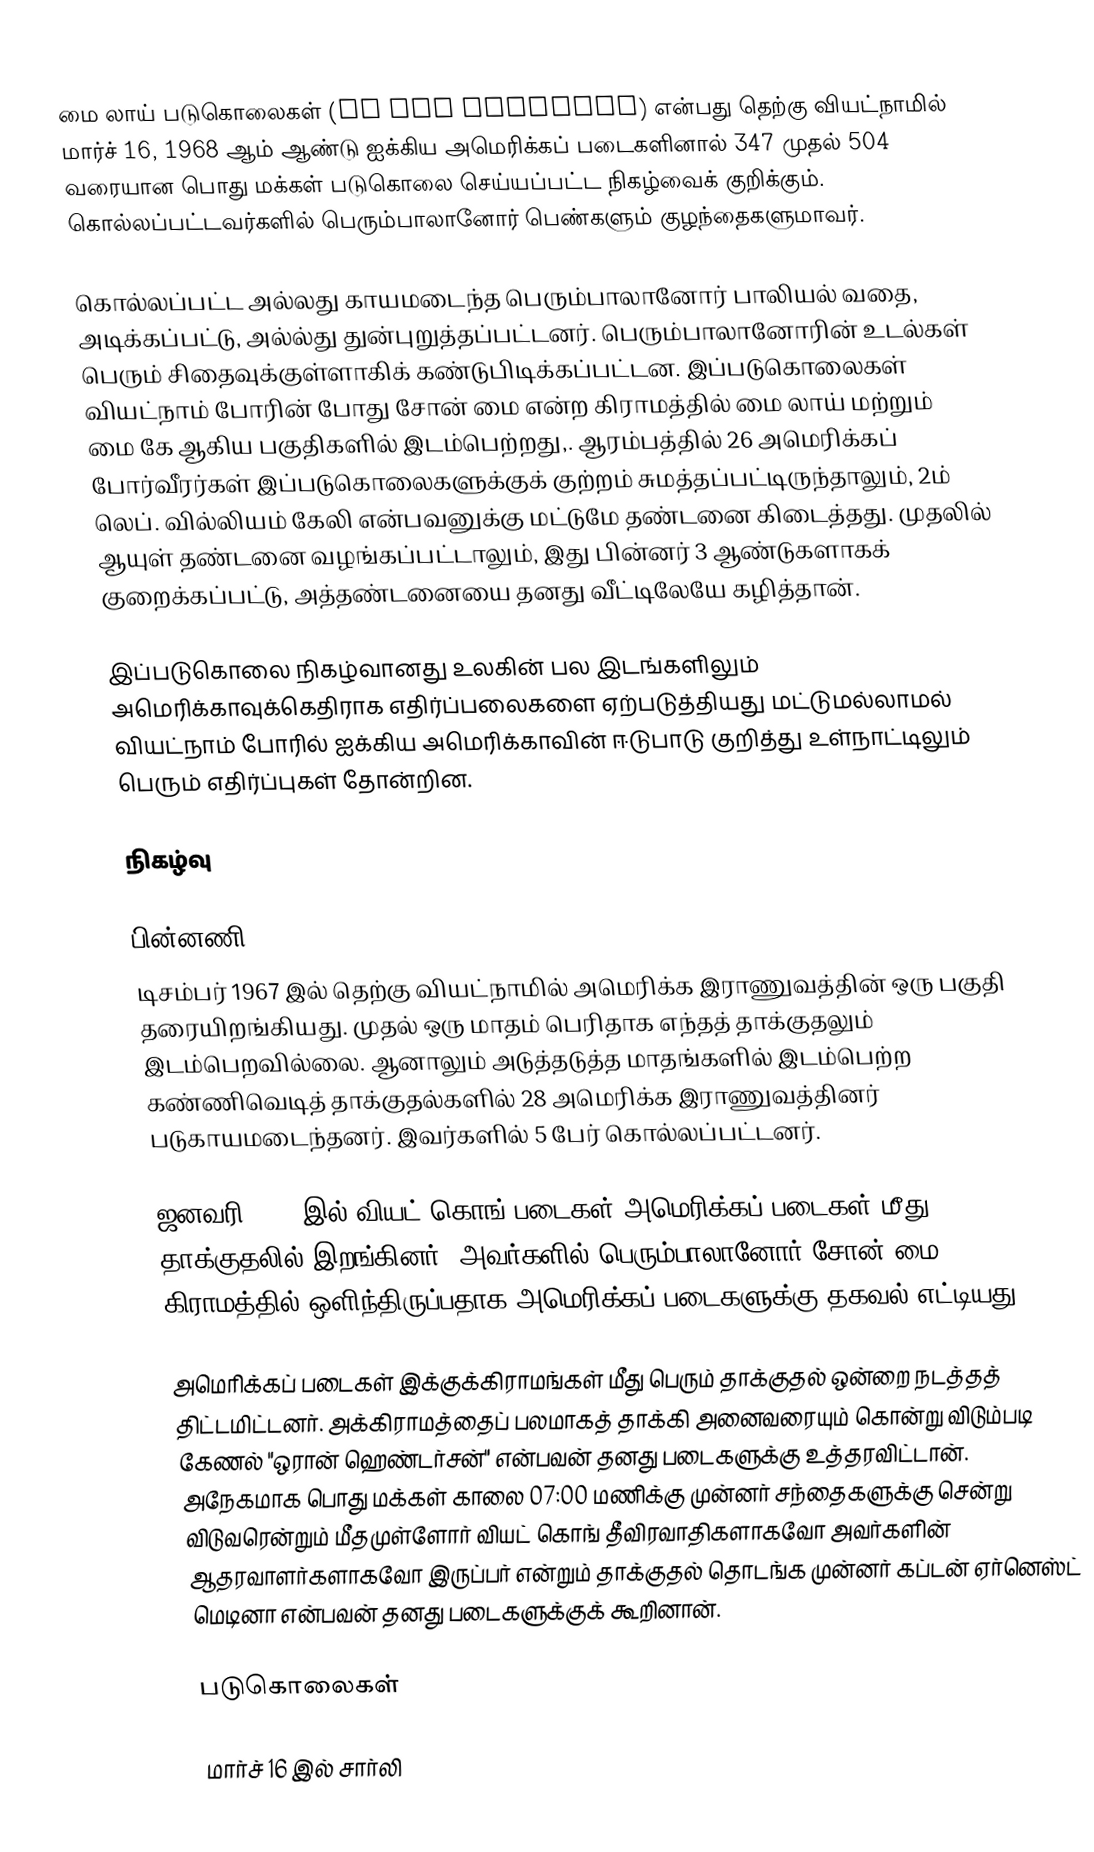
மை லாய் படுகொலைகள் (My Lai Massacre) என்பது தெற்கு வியட்நாமில் மார்ச் 16, 1968 ஆம் ஆண்டு ஐக்கிய அமெரிக்கப் படைகளினால் 347 முதல் 504 வரையான பொது மக்கள் படுகொலை செய்யப்பட்ட நிகழ்வைக் குறிக்கும். கொல்லப்பட்டவர்களில் பெரும்பாலானோர் பெண்களும் குழந்தைகளுமாவர்.

கொல்லப்பட்ட அல்லது காயமடைந்த பெரும்பாலானோர் பாலியல் வதை, அடிக்கப்பட்டு, அல்ல்து துன்புறுத்தப்பட்டனர். பெரும்பாலானோரின் உடல்கள் பெரும் சிதைவுக்குள்ளாகிக் கண்டுபிடிக்கப்பட்டன. இப்படுகொலைகள் வியட்நாம் போரின் போது சோன் மை என்ற கிராமத்தில் மை லாய் மற்றும் மை கே ஆகிய பகுதிகளில் இடம்பெற்றது,. ஆரம்பத்தில் 26 அமெரிக்கப் போர்வீரர்கள் இப்படுகொலைகளுக்குக் குற்றம் சுமத்தப்பட்டிருந்தாலும், 2ம் லெப். வில்லியம் கேலி என்பவனுக்கு மட்டுமே தண்டனை கிடைத்தது. முதலில் ஆயுள் தண்டனை வழங்கப்பட்டாலும், இது பின்னர் 3 ஆண்டுகளாகக் குறைக்கப்பட்டு, அத்தண்டனையை தனது வீட்டிலேயே கழித்தான்.

இப்படுகொலை நிகழ்வானது உலகின் பல இடங்களிலும் அமெரிக்காவுக்கெதிராக எதிர்ப்பலைகளை ஏற்படுத்தியது மட்டுமல்லாமல் வியட்நாம் போரில் ஐக்கிய அமெரிக்காவின் ஈடுபாடு குறித்து உள்நாட்டிலும் பெரும் எதிர்ப்புகள் தோன்றின.

நிகழ்வு

பின்னணி
டிசம்பர் 1967 இல் தெற்கு வியட்நாமில் அமெரிக்க இராணுவத்தின் ஒரு பகுதி தரையிறங்கியது. முதல் ஒரு மாதம் பெரிதாக எந்தத் தாக்குதலும் இடம்பெறவில்லை. ஆனாலும் அடுத்தடுத்த மாதங்களில் இடம்பெற்ற கண்ணிவெடித் தாக்குதல்களில் 28 அமெரிக்க இராணுவத்தினர் படுகாயமடைந்தனர். இவர்களில் 5 பேர் கொல்லப்பட்டனர்.

ஜனவரி 1968 இல் வியட் கொங் படைகள் அமெரிக்கப் படைகள் மீது தாக்குதலில் இறங்கினர். அவர்களில் பெரும்பாலானோர் சோன் மை கிராமத்தில் ஒளிந்திருப்பதாக அமெரிக்கப் படைகளுக்கு தகவல் எட்டியது.

அமெரிக்கப் படைகள் இக்குக்கிராமங்கள் மீது பெரும் தாக்குதல் ஒன்றை நடத்தத் திட்டமிட்டனர். அக்கிராமத்தைப் பலமாகத் தாக்கி அனைவரையும் கொன்று விடும்படி கேணல் "ஒரான் ஹெண்டர்சன்" என்பவன் தனது படைகளுக்கு உத்தரவிட்டான். அநேகமாக பொது மக்கள் காலை 07:00 மணிக்கு முன்னர் சந்தைகளுக்கு சென்று விடுவரென்றும் மீதமுள்ளோர் வியட் கொங் தீவிரவாதிகளாகவோ அவர்களின் ஆதரவாளர்களாகவோ இருப்பர் என்றும் தாக்குதல் தொடங்க முன்னர் கப்டன் ஏர்னெஸ்ட் மெடினா என்பவன் தனது படைகளுக்குக் கூறினான்.

படுகொலைகள்

மார்ச் 16 இல் சார்லி